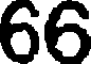
66